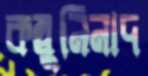
কম্বুনিনাদ